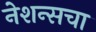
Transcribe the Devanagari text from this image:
नेशन्सचा